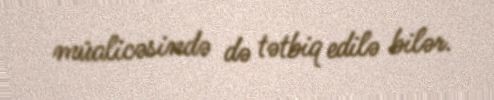
müalicəsində də tətbiq edilə bilər.